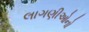
લાગણીઓનો